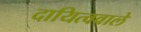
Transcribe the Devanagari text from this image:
दायित्ववाले